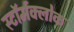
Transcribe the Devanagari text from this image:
स्टॉर्मक्लोक